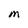
Character: M